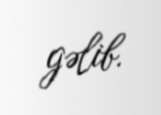
gəlib.